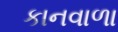
કાનવાળા